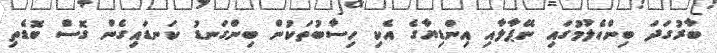
ބާރުގަދަ ބިންހެލުމުގައި ނޭޕާލާއި އިންޑިޔާގެ އެކި ހިސާބުތަކުން ބިންގަނޑު ކަނޑައިގެން ގޮސް ބޮޑެތި